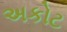
અકોટ